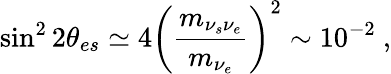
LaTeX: \sin^{2}2\theta_{es}\simeq 4\left(\frac{m_{\nu_{s}\nu_{e}}}{m_{\nu_{e}}}\right)^{2}\sim 10^{-2}~,